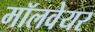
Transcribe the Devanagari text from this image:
मॉलवेयर